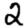
Digit: 2